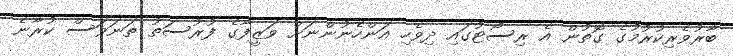
ބާރުވެރިކުރުމުގެ ގޮތުން އެ ރިސޯޓުގައި ދިވެހި އަންހެނުންނަށް ވަޒީފާގެ ފުރުސަތު ތަނަވަސް ކުރާނެ